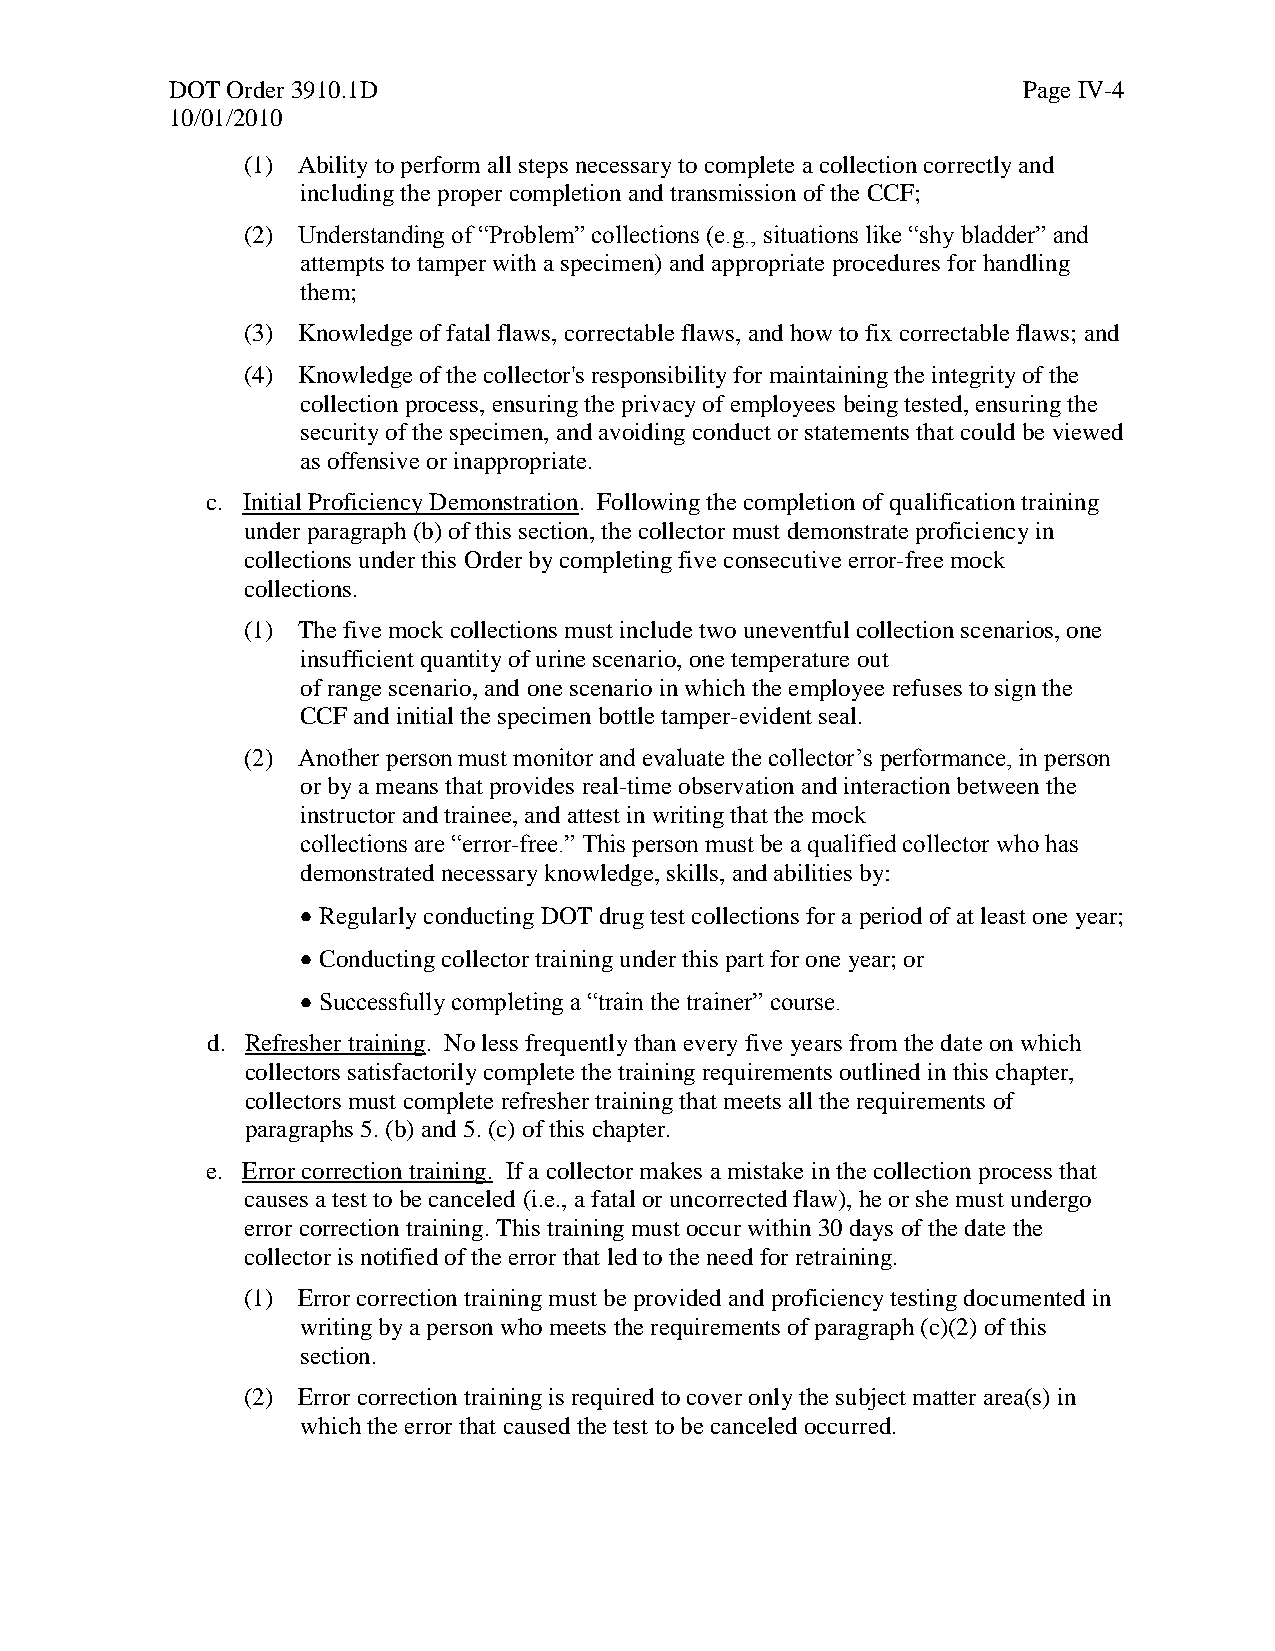
DOT Order 3910.1D                                        Page IV-4
 10/01/2010
 (1) Ability to perform all steps necessary to complete a collection correctly and
 including the proper completion and transmission of the CCF;
 (2) Understanding of “Problem” collections (e.g., situations like “shy bladder” and
 attempts to tamper with a specimen) and appropriate procedures for handling
 them;
 (3) Knowledge of fatal flaws, correctable flaws, and how to fix correctable flaws; and
 (4) Knowledge of the collector's responsibility for maintaining the integrity of the
 collection process, ensuring the privacy of employees being tested, ensuring the
 security of the specimen, and avoiding conduct or statements that could be viewed
 as offensive or inappropriate.
 c. Initial Proficiency Demonstration. Following the completion of qualification training
 under paragraph (b) of this section, the collector must demonstrate proficiency in
 collections under this Order by completing five consecutive error-free mock
 collections.
 (1) The five mock collections must include two uneventful collection scenarios, one
 insufficient quantity of urine scenario, one temperature out
 of range scenario, and one scenario in which the employee refuses to sign the
 CCF and initial the specimen bottle tamper-evident seal.
 (2) Another person must monitor and evaluate the collector’s performance, in person
 or by a means that provides real-time observation and interaction between the
 instructor and trainee, and attest in writing that the mock
 collections are “error-free.” This person must be a qualified collector who has
 demonstrated necessary knowledge, skills, and abilities by:
 Regularly conducting DOT drug test collections for a period of at least one year;
 Conducting collector training under this part for one year; or
 Successfully completing a “train the trainer” course.
 d. Refresher training. No less frequently than every five years from the date on which
 collectors satisfactorily complete the training requirements outlined in this chapter,
 collectors must complete refresher training that meets all the requirements of
 paragraphs 5. (b) and 5. (c) of this chapter.
 e. Error correction training. If a collector makes a mistake in the collection process that
 causes a test to be canceled (i.e., a fatal or uncorrected flaw), he or she must undergo
 error correction training. This training must occur within 30 days of the date the
 collector is notified of the error that led to the need for retraining.
 (1) Error correction training must be provided and proficiency testing documented in
 writing by a person who meets the requirements of paragraph (c)(2) of this
 section.
 (2) Error correction training is required to cover only the subject matter area(s) in
 which the error that caused the test to be canceled occurred.